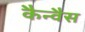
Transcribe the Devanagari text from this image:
कैन्वैस